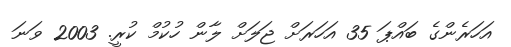
އަހަރެންގެ ބައްޕަ 35 އަހަރަށް ޖަލަށް ލާން ހުކުމް ކުރީ. 2003 ވަނަ